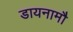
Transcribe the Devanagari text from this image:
डायनामौ